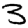
Digit: 3